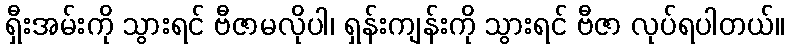
ရှီးအမ်းကို သွားရင် ဗီဇာမလိုပါ၊ ရှန်းကျန်းကို သွားရင် ဗီဇာ လုပ်ရပါတယ်။